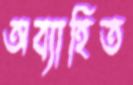
অব্যাহিত